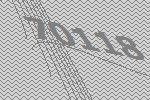
70118